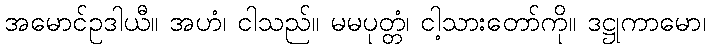
အမောင်ဥဒါယီ။ အဟံ၊ ငါသည်။ မမပုတ္တံ၊ ငါ့သားတော်ကို။ ဒဋ္ဌုကာမော၊